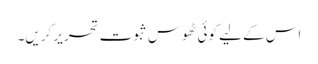
اس کے لیے کوئی ٹھوس ثبوت تحریر کریں۔